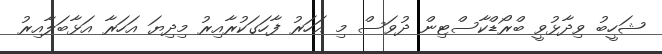
ޝަހީބު ވިދާޅުވީ ބްރޯޑްކާސްޓިން ދުވަސް މި އަހަރު ފާހަގަކުރާއިރު މިދިޔަ އަހަރާ އަޅާބަލާއިރު